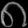
Digit: ၈